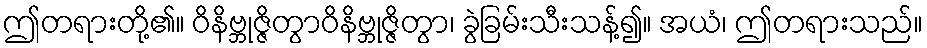
ဤတရားတို့၏။ ဝိနိဗ္ဘုဇ္ဇိတွာဝိနိဗ္ဘုဇ္ဇိတွာ၊ ခွဲခြမ်းသီးသန့်၍။ အယံ၊ ဤတရားသည်။